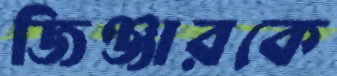
জিঞ্জারকে